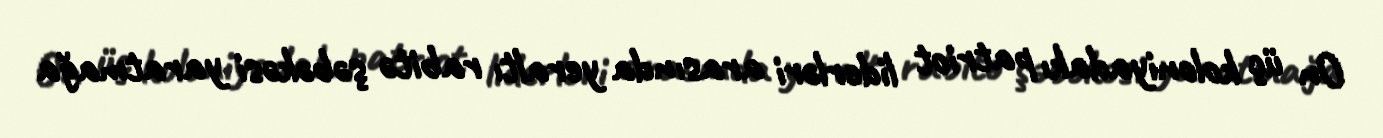
On üç koloniyadakı patriot liderləri arasında yeraltı rabitə şəbəkəsi yaratmağa